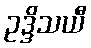
ဥဒ္ဒိသယီ